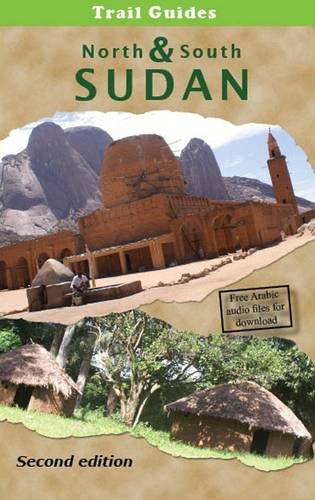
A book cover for Trail Guide to North and South Sudan; Blake Evans-Pritchard; Travel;